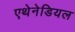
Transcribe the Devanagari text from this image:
एथेनेडियल